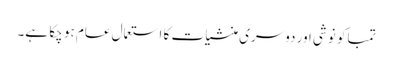
تمباکو نوشی اور دوسری منشیات کا استعمال عام ہو چکا ہے۔